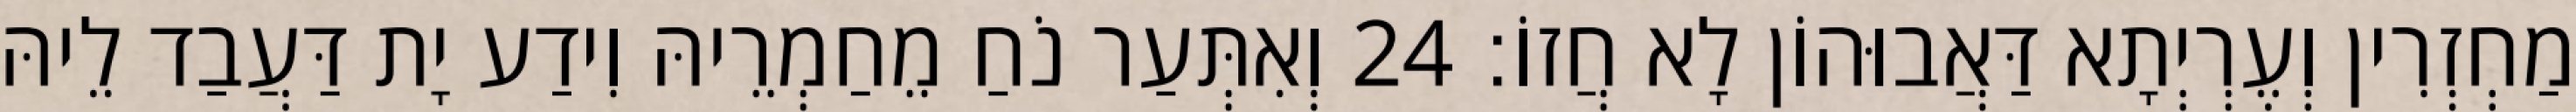
מַחְזְרִין וְעֶרְיְתָא דַּאֲבוּהוֹן לָא חֲזוֹ׃ 24 וְאִתְּעַר נֹחַ מֵחַמְרֵיהּ וִידַע יָת דַּעֲבַד לֵיהּ